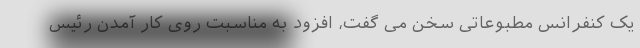
یک کنفرانس مطبوعاتی سخن می گفت، افزود به مناسبت روی کار آمدن رئیس